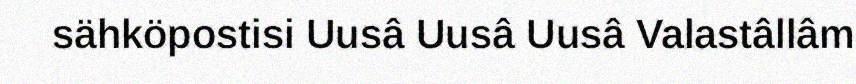
sähköpostisi Uusâ Uusâ Uusâ Valastâllâm